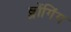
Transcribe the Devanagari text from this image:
ब्लोंगिंग